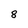
Character: 8